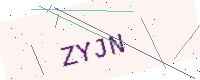
Text: ZYJN